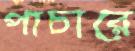
পাচারে